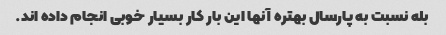
بله نسبت به پارسال بهتره آنها این بار کار بسیار خوبی انجام داده اند.